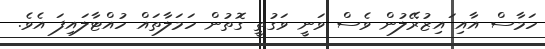
ހަމާސް އާއި ައިޒުރޭލުން ވެސް ވަނީ ވަގުތީ ގޮތުން ހަމަލާތައް ހުއްޓާލައިފަ އެވެ.